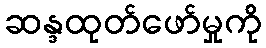
ဆန္ဒထုတ်ဖော်မှုကို